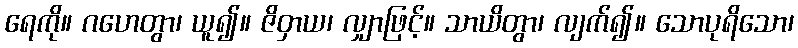
ရေကို။ ဂဟေတွာ၊ ယူ၍။ ဇိဝှာယ၊ လျှာဖြင့်။ သာယိတွာ၊ လျက်၍။ သောပုရိသော၊